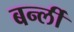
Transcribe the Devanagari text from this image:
बर्न्ली